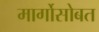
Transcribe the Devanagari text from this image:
मार्गोसोबत